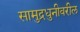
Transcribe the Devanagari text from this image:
सामुद्रधुनीवरील